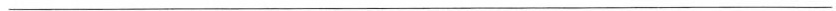
___